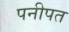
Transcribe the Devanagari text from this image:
पनीपत